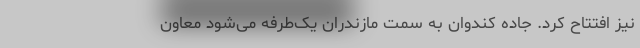
نیز افتتاح کرد. جاده کندوان به سمت مازندران یک‌طرفه می‌شود معاون